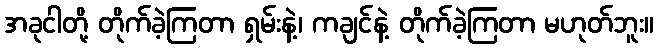
အခုငါတို့ တိုက်ခဲ့ကြတာ ရှမ်းနဲ့၊ ကချင်နဲ့ တိုက်ခဲ့ကြတာ မဟုတ်ဘူး။